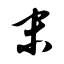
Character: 末